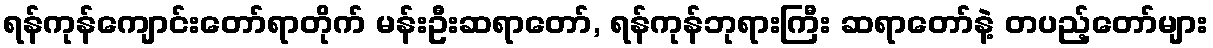
ရန်ကုန်ကျောင်းတော်ရာတိုက် မန်းဦးဆရာတော်, ရန်ကုန်ဘုရားကြီး ဆရာတော်နဲ့ တပည့်တော်များ